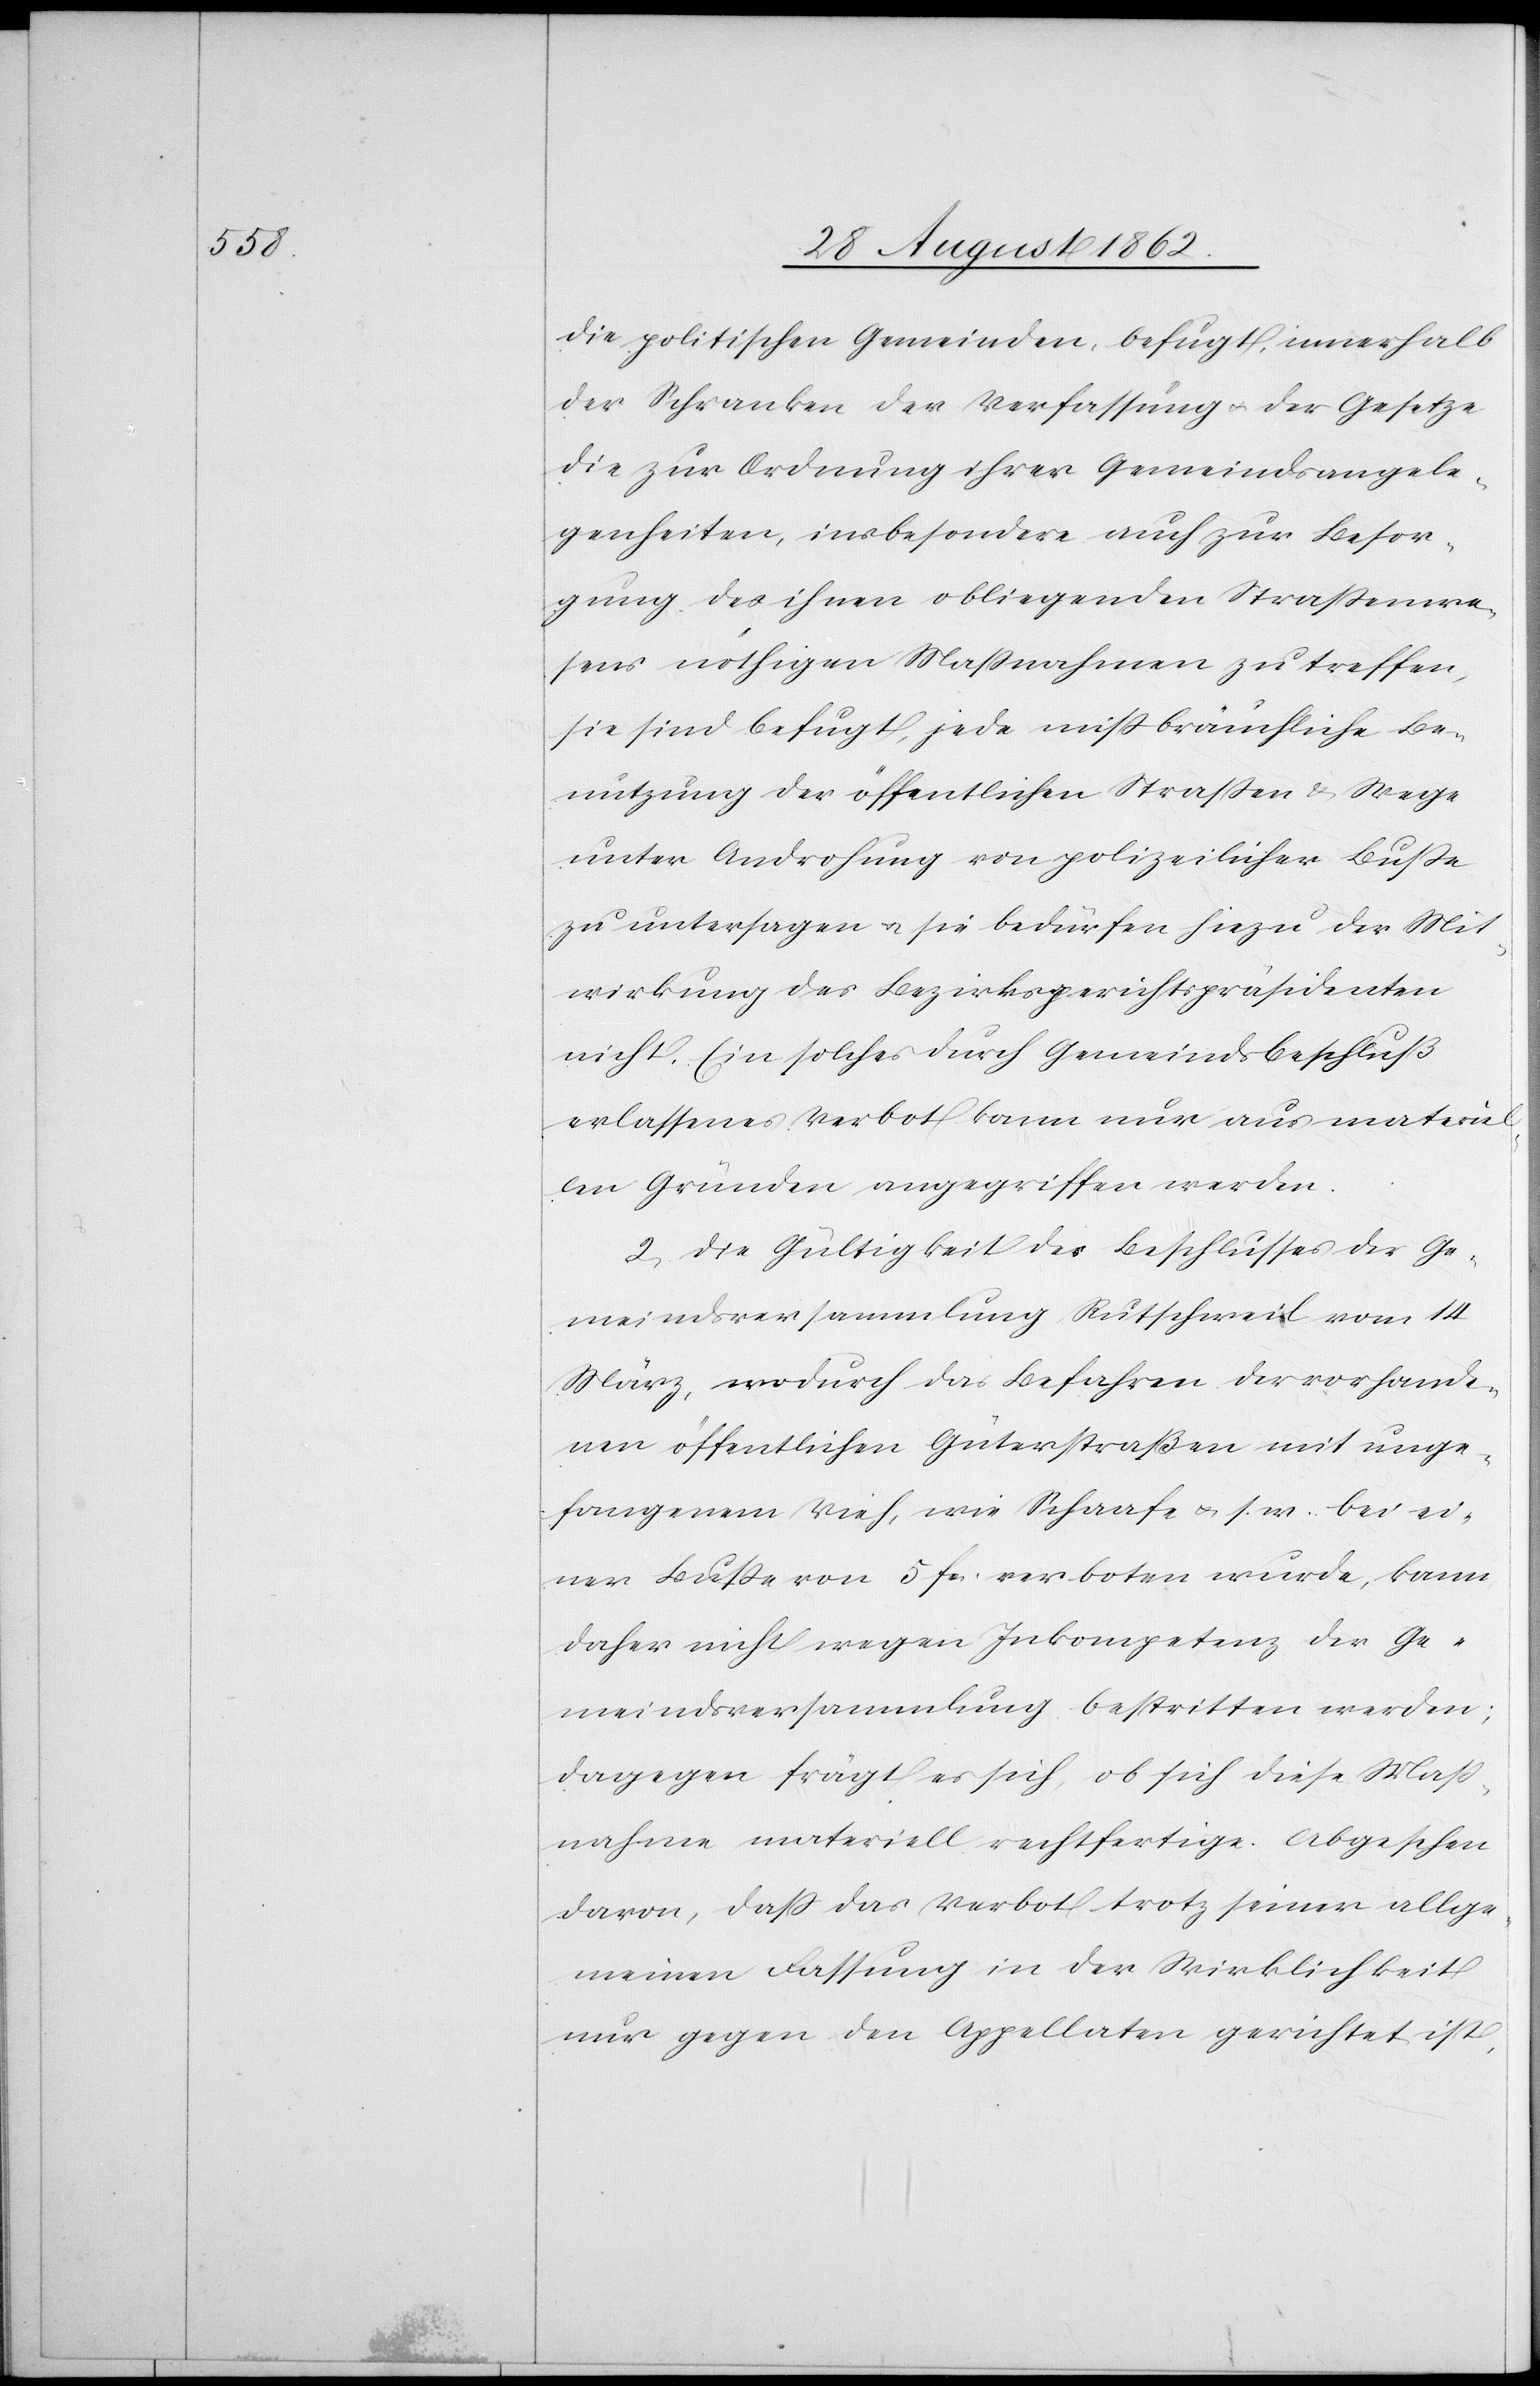
die politischen Gemeinden, befugt, innerhalb
der Schranken der Verfassung u. der Gesetze
die zur Ordnung ihrer Gemeindsangele¬
genheiten, insbesondere auch zur Besor¬
gung des ihnen obliegenden Straßenwe¬
sens nöthigen Maßnahmen zu treffen,
sie sind befugt, jede mißbräuchliche Be¬
nutzung der öffentlichen Straßen u. Wege
unter Androhung von polizeilicher Buße
zu untersagen u. sie bedürfen hiezu der Mit¬
wirkung des Bezirksgerichtspräsidenten
nicht. Ein solches durch Gemeindsbeschluß
erlassenes Verbot kann nur aus materiel¬
len Gründen angegriffen werden.
2. Die Gültigkeit des Beschlusses der Ge¬
meindsversammlung Rutschweil vom 14.
März, wodurch das Befahren der vorhande¬
nen öffentlichen Güterstraßen mit unge¬
fangenem Vieh, wie Schaafe u. s. w. bei ei¬
ner Buße von 5 fcs. verboten wurde, kann
daher nicht wegen Inkompetenz der Ge¬
meindsversammlung bestritten werden;
dagegen frägt es sich, ob sich diese Maß¬
nahme materiell rechtfertige. Abgesehen
davon, daß das Verbot trotz seiner allge¬
meinen Fassung in der Wirklichkeit
nur gegen den Appellaten gerichtet ist,